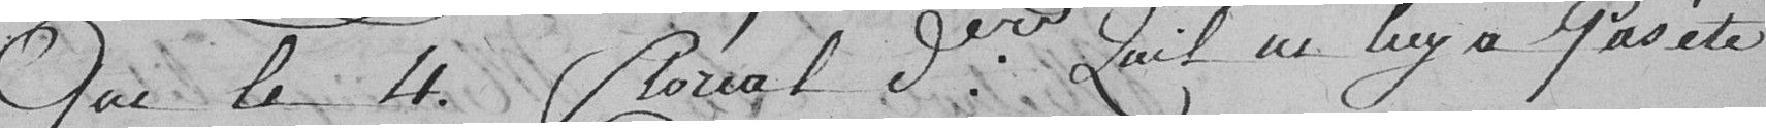
que le 4 floréal dernier qu'il ne lui a pas été